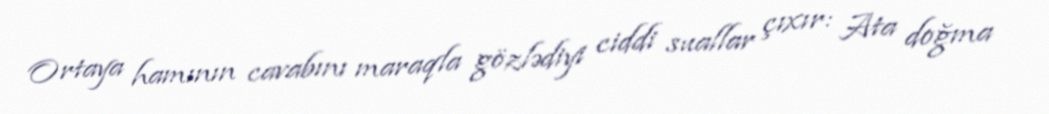
Ortaya hamının cavabını maraqla gözlədiyi ciddi suallar çıxır: Ata doğma